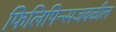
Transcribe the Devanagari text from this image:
फिलिपिन्सजवळील